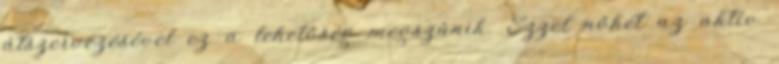
átszervezésével ez a lehetőség megszűnik. Ezzel nőhet az aktív